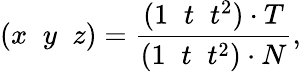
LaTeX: (x\; \; y\; \; z)=\frac{(1\; \; t\; \; t^{2})\cdot T}{(1\; \; t\; \; t^{2})\cdot N},